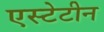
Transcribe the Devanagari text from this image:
एस्टेटीन